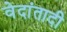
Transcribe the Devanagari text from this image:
वेदांतादी